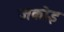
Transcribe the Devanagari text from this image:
जकोइ